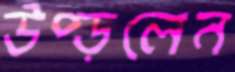
উপ্‌ড়লেন